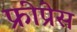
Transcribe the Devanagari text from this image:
फ्रीप्रेस